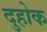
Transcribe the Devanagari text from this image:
दुहोक